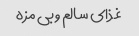
غذای سالم و بی مزه